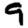
Digit: 9